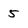
Character: 5